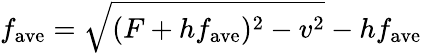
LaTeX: f_{\mathrm{ave}}=\sqrt{(F+hf_{\mathrm{ave}})^{2}-v^{2}}-hf_{\mathrm{ave}}